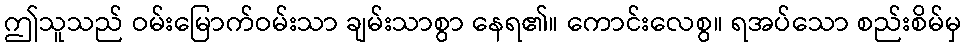
ဤသူသည် ဝမ်းမြောက်ဝမ်းသာ ချမ်းသာစွာ နေရ၏။ ကောင်းလေစွ။ ရအပ်သော စည်းစိမ်မှ